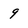
Character: 9